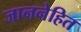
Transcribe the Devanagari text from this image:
जाननेहित